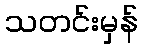
သတင်းမှန်